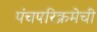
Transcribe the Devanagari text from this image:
पंचपरिक्रमेची